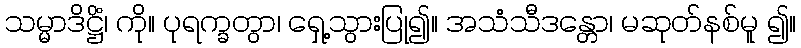
သမ္မာဒိဋ္ဌိံ၊ ကို။ ပုရက္ခတွာ၊ ရှေ့သွားပြု၍။ အသံသီဒန္တော၊ မဆုတ်နစ်မူ ၍။